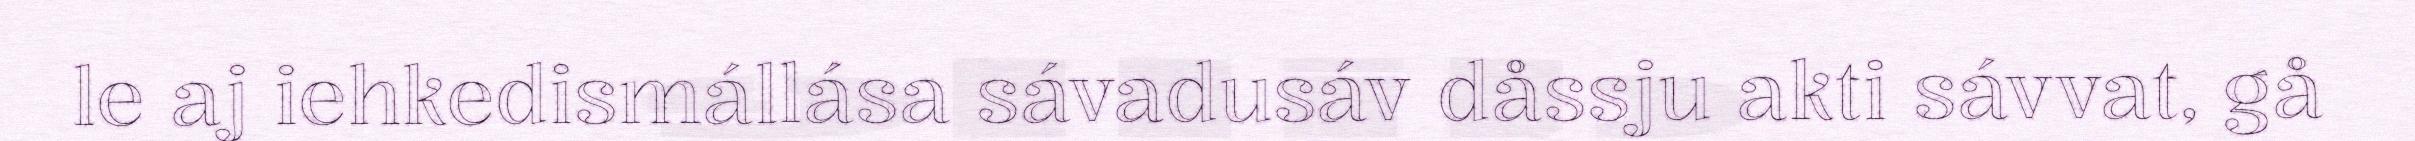
le aj iehkedismállása sávadusáv dåssju akti sávvat, gå